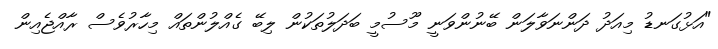
"އަޅުގަނޑު މިއަދު ދަންނަވާލަން ބޭނުންވަނީ މޫސުމީ ބަދަލުތަކުން ލިބޭ ގެއްލުންތައް މިހާރުވެސް ރާއްޖެއިން